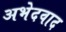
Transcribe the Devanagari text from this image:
अभेदवाद